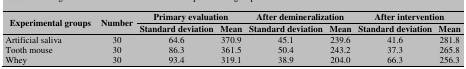
<table><thead><tr><td rowspan="2"><b>Experimental groups</b></td><td rowspan="2"><b>Number</b></td><td colspan="2"><b>Primary evaluation</b></td><td colspan="2"><b>After demineralization</b></td><td colspan="2"><b>After intervention</b></td></tr><tr><td><b>Standard deviation</b></td><td><b>Mean</b></td><td><b>Standard deviation</b></td><td><b>Mean</b></td><td><b>Standard deviation</b></td><td><b>Mean</b></td></tr></thead><tbody><tr><td> Artificial saliva </td><td> 30 </td><td> 64.6 </td><td> 370.9 </td><td> 45.1 </td><td> 239.6 </td><td> 41.6 </td><td> 281.8 </td></tr><tr><td> Tooth mouse </td><td> 30 </td><td> 86.3 </td><td> 361.5 </td><td> 50.4 </td><td> 243.2 </td><td> 37.3 </td><td> 265.8 </td></tr><tr><td> Whey </td><td> 30 </td><td> 93.4 </td><td> 319.1 </td><td> 38.9 </td><td> 204.0 </td><td> 66.3 </td><td> 256.3 </td></tr></tbody></table>